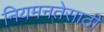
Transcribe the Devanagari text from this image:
नियमनतेसाठी